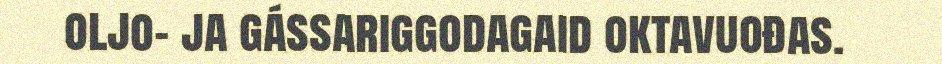
oljo- ja gássariggodagaid oktavuođas.